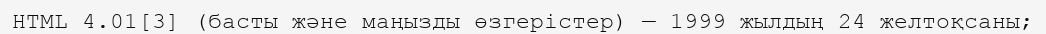
HTML 4.01[3] (басты және маңызды өзгерістер) — 1999 жылдың 24 желтоқсаны;